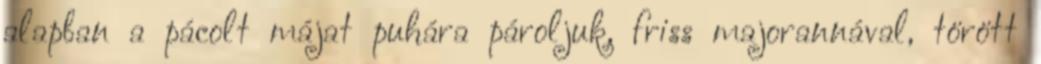
alapban a pácolt májat puhára pároljuk, friss majorannával, törött